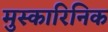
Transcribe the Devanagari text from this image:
मुस्कारिनिक